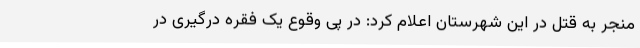
منجر به قتل در این شهرستان اعلام کرد: در پی وقوع یک فقره درگیری در